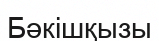
Бәкішқызы